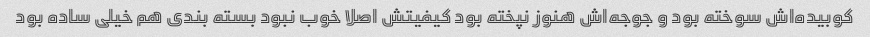
کوبیده‌اش سوخته بود و جوجه‌اش هنوز نپخته بود کیفیتش اصلا خوب نبود بسته بندی هم خیلی ساده بود